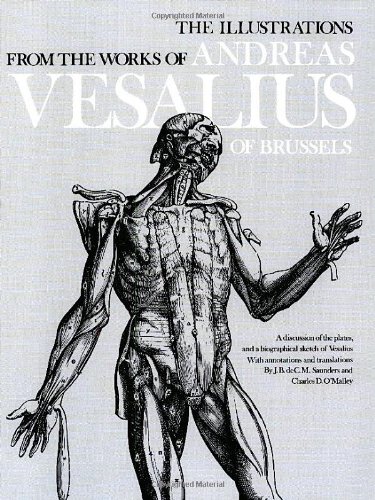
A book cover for The Illustrations from the Works of Andreas Vesalius of Brussels (Dover Fine Art, History of Art); J. B. deC. M. Saunders; Arts & Photography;